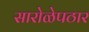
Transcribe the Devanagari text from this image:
सारोळेपठार